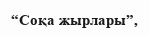
“Соқа жырлары”,